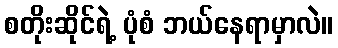
စတိုးဆိုင်ရဲ့ ပုံစံ ဘယ်နေရာမှာလဲ။